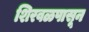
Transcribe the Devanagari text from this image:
शिरवळपासून